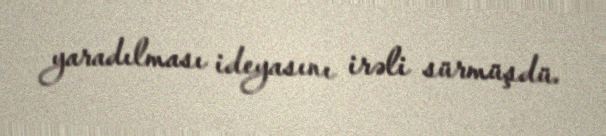
yaradılması ideyasını irəli sürmüşdü.